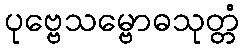
ပုဗ္ဗေသမ္ဗောဓသုတ္တံ